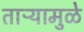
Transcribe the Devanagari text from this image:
ताऱ्यामुळे